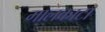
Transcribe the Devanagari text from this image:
मालकाटा